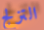
التزلج